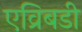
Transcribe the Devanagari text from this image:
एव्रिबडी